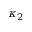
\kappa _ { 2 }